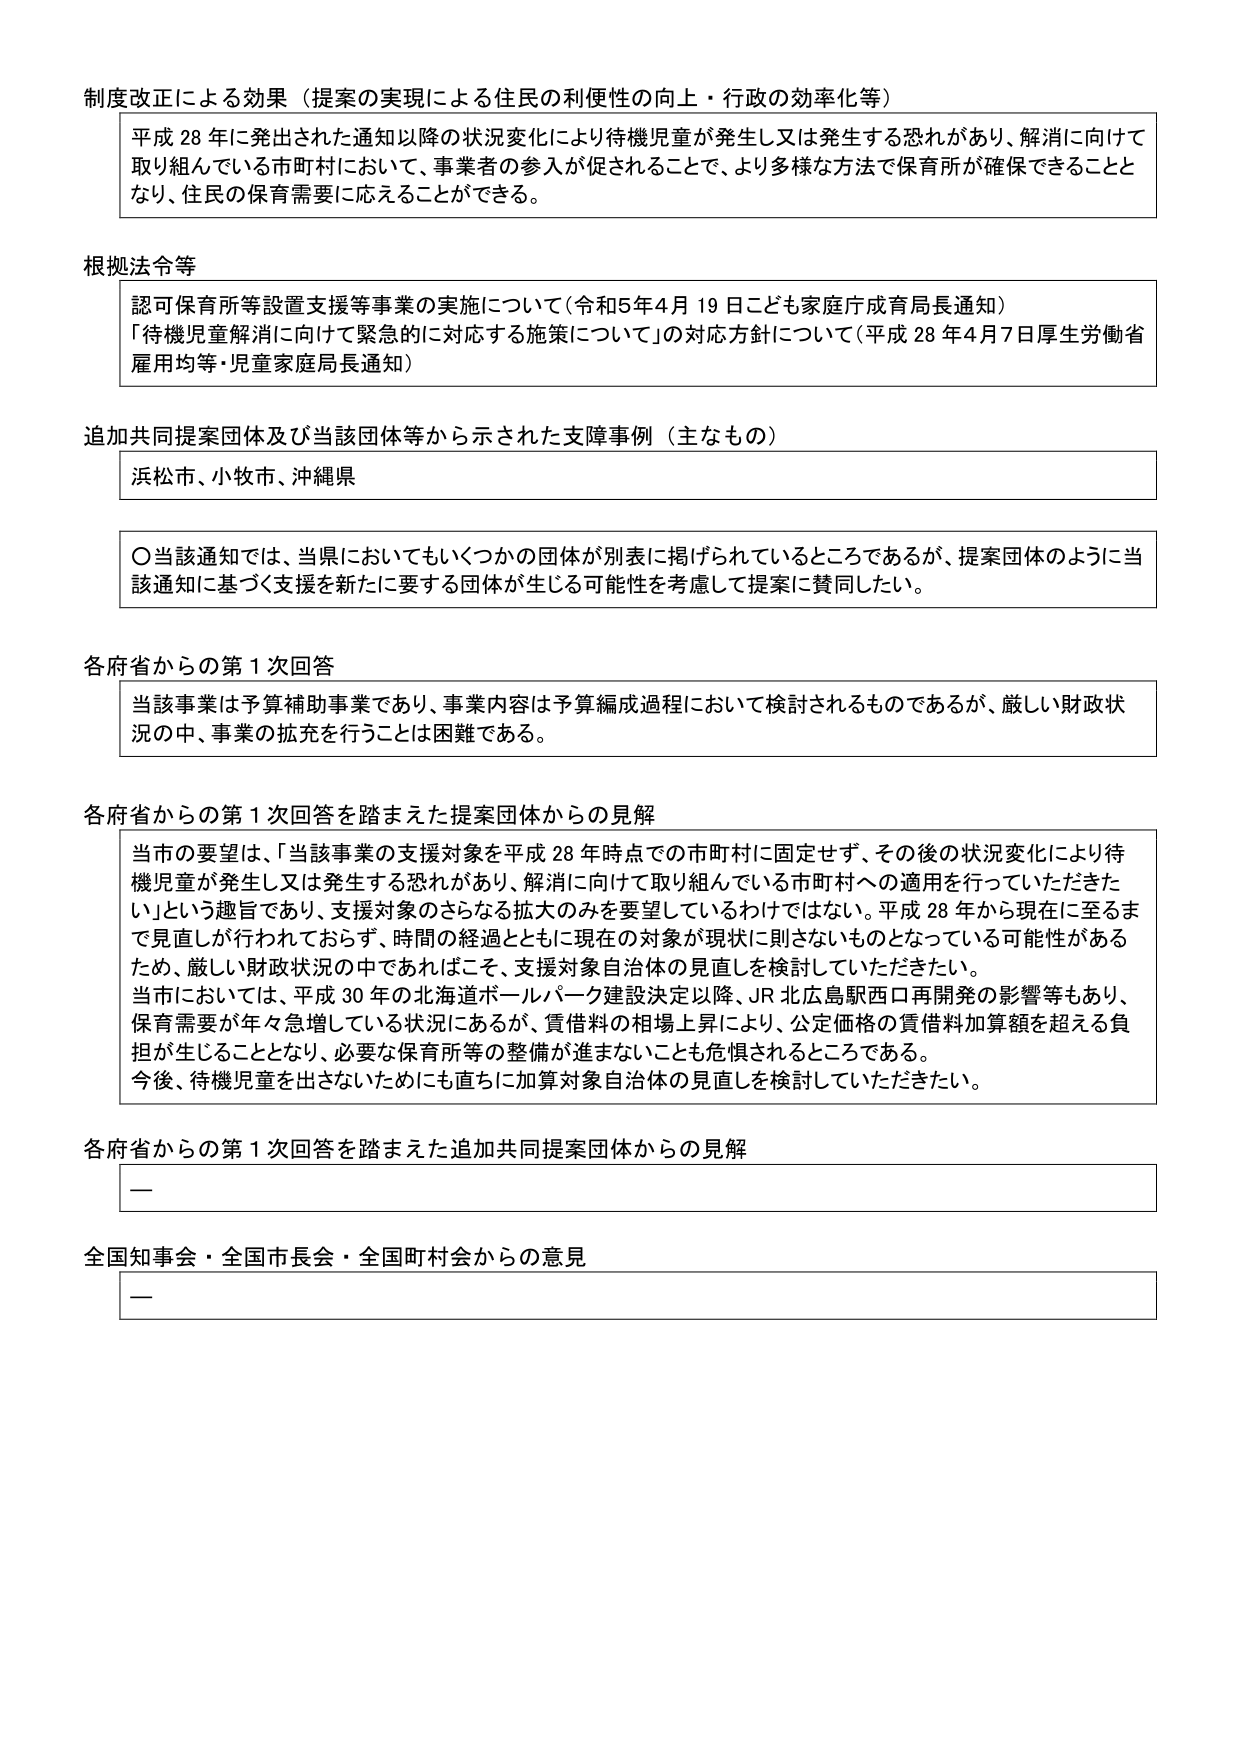
制度改正による効果（提案の実現による住民の利便性の向上・行政の効率化等）

平成28年に発出された通知以降の状況変化により待機児童が発生し又は発生する恐れがあり、解消に向けて取り組んでいる市町村において、事業者の参入が促されることで、より多様な方法で保育所が確保できることとなり、住民の保育需要に応えることができる。

根拠法令等

認可保育所等設置支援等事業の実施について（令和5年4月19日こども家庭庁成育局長通知）
「待機児童解消に向けて緊急的に対応する施策について」の対応方針について（平成28年4月7日厚生労働省雇用均等・児童家庭局長通知）

追加共同提案団体及び当該団体等から示された支援事例（主なもの）

浜松市、小牧市、沖縄県

〇当該通知では、当県においてもいくつかの団体が別表に掲げられているところであるが、提案団体のように当該通知に基づく支援を新たに要する団体が生じる可能性を考慮して提案に賛同したい。

各府省からの第1次回答

当該事業は予算補助事業であり、事業内容は予算編成過程において検討されるものであるが、厳しい財政状況の中、事業の拡充を行うことは困難である。

各府省からの第1次回答を踏まえた提案団体からの見解

当市の要望は、「当該事業の支援対象を平成28年時点での市町村に固定せず、その後の状況変化により待機児童が発生し又は発生する恐れがあり、解消に向けて取り組んでいる市町村への適用を行っていただきたい」という趣旨であり、支援対象のさらなる拡大のみを要望しているわけではない。平成28年から現在に至るまで見直しが行われておらず、時間の経過とともに現在の対象が現状に則さないものとなっている可能性があるため、厳しい財政状況の中であればこそ、支援対象自治体の見直しを検討していただきたい。
当市においては、平成30年の北海道ボールパーク建設決定以降、JR北広島駅西口再開発の影響等もあり、保育需要が年々急増している状況にあるが、賃借料の相場上昇により、公定価格の賃借料加算額を超える負担が生じることとなり、必要な保育所等の整備が進まないことも危惧されるところである。
今後、待機児童を出さないためにも直ちに加算対象自治体の見直しを検討していただきたい。

各府省からの第1次回答を踏まえた追加共同提案団体からの見解

—

全国知事会・全国市長会・全国町村会からの意見

—